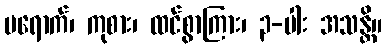
မရောက်၊ ကုစား၊ ထင်စွာကြား၊ ၃-ပါး အသန္တိ။